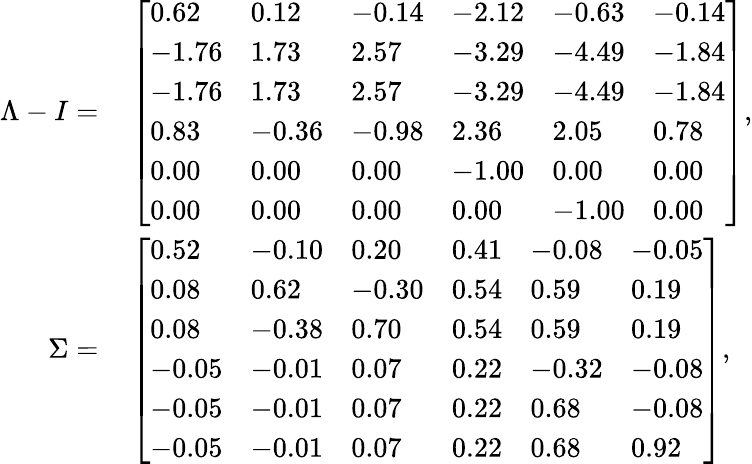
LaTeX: \begin{array}{rl}{\Lambda-I=}&{{}\left[\begin{array}{llllll}{0.62}&{0.12}&{-0.14}&{-2.12}&{-0.63}&{-0.14}\\ {-1.76}&{1.73}&{2.57}&{-3.29}&{-4.49}&{-1.84}\\ {-1.76}&{1.73}&{2.57}&{-3.29}&{-4.49}&{-1.84}\\ {0.83}&{-0.36}&{-0.98}&{2.36}&{2.05}&{0.78}\\ {0.00}&{0.00}&{0.00}&{-1.00}&{0.00}&{0.00}\\ {0.00}&{0.00}&{0.00}&{0.00}&{-1.00}&{0.00}\end{array}\right],}\\ {\Sigma=}&{{}\left[\begin{array}{llllll}{0.52}&{-0.10}&{0.20}&{0.41}&{-0.08}&{-0.05}\\ {0.08}&{0.62}&{-0.30}&{0.54}&{0.59}&{0.19}\\ {0.08}&{-0.38}&{0.70}&{0.54}&{0.59}&{0.19}\\ {-0.05}&{-0.01}&{0.07}&{0.22}&{-0.32}&{-0.08}\\ {-0.05}&{-0.01}&{0.07}&{0.22}&{0.68}&{-0.08}\\ {-0.05}&{-0.01}&{0.07}&{0.22}&{0.68}&{0.92}\end{array}\right],}\end{array}